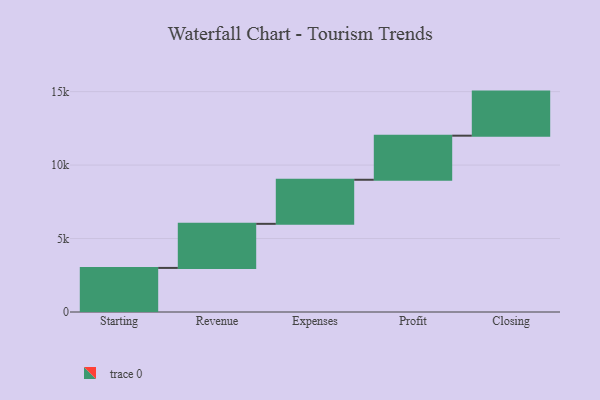
{"axis": {"x": "Step", "y": "Value"}, "legend": [""], "data": [{"x": "Starting", "y": 3000, "type": ""}, {"x": "Revenue", "y": 3000, "type": ""}, {"x": "Expenses", "y": 3000, "type": ""}, {"x": "Profit", "y": 3000, "type": ""}, {"x": "Closing", "y": 3000, "type": ""}]}